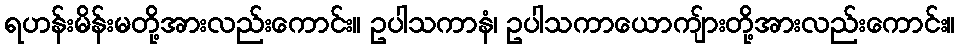
ရဟန်းမိန်းမတို့အားလည်းကောင်း။ ဥပါသကာနံ၊ ဥပါသကာယောကျ်ားတို့အားလည်းကောင်း။